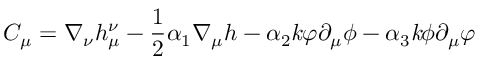
C _ { \mu } = \nabla _ { \nu } h _ { \mu } ^ { \nu } - \frac { 1 } { 2 } \alpha _ { 1 } \nabla _ { \mu } h - \alpha _ { 2 } { \it k } \varphi \partial _ { \mu } \phi - \alpha _ { 3 } { \it k } \phi \partial _ { \mu } \varphi